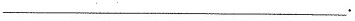
______________________________________________________.